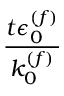
\frac { t \epsilon _ { 0 } ^ { ( f ) } } { k _ { 0 } ^ { ( f ) } }